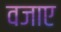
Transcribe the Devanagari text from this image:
वजाए